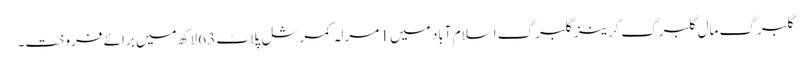
گلبرگ مال گلبرگ گرینز گلبرگ اسلام آباد میں 1 مرلہ کمرشل پلاٹ 63 لاکھ میں برائے فروخت۔